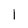
Character: I